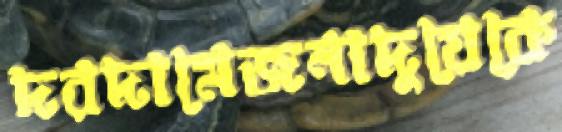
দরদামেজনাদুয়েকে